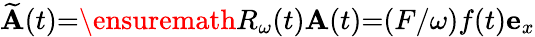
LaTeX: \widetilde{\mathbf{A}}(t){=}\ensuremath{R_{\omega}}(t)\mathbf{A}(t){=}(F/\omega)f(t)\mathbf{e}_{x}